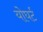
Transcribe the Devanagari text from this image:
योघर्ट